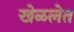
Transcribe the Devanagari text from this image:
खेळलेत